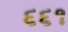
૬૬૧